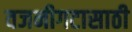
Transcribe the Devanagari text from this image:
वजनीगटासाठी